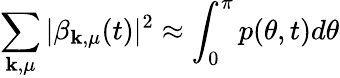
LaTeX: \sum_{\mathbf{k},\mu}\vert\beta_{\mathbf{k},\mu}(t)\vert^{2}\approx\int_{0}^{\pi}p(\theta,t)d\theta